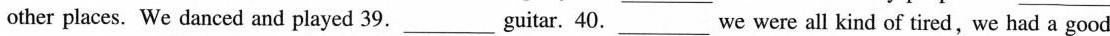
other places. We danced and played 39.___guitar. 40.____We were all kind of tired,we had a good